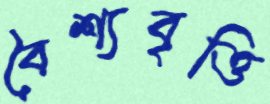
বৈশ্যবৃত্তি